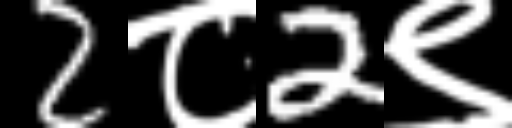
Text: 2८2९